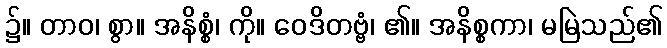
၌။ တာဝ၊ စွာ။ အနိစ္စံ၊ ကို။ ဝေဒိတဗ္ဗံ၊ ၏။ အနိစ္စကာ၊ မမြဲသည်၏